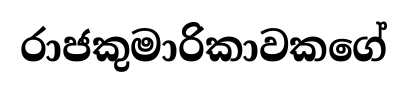
රාජකුමාරිකාවකගේ